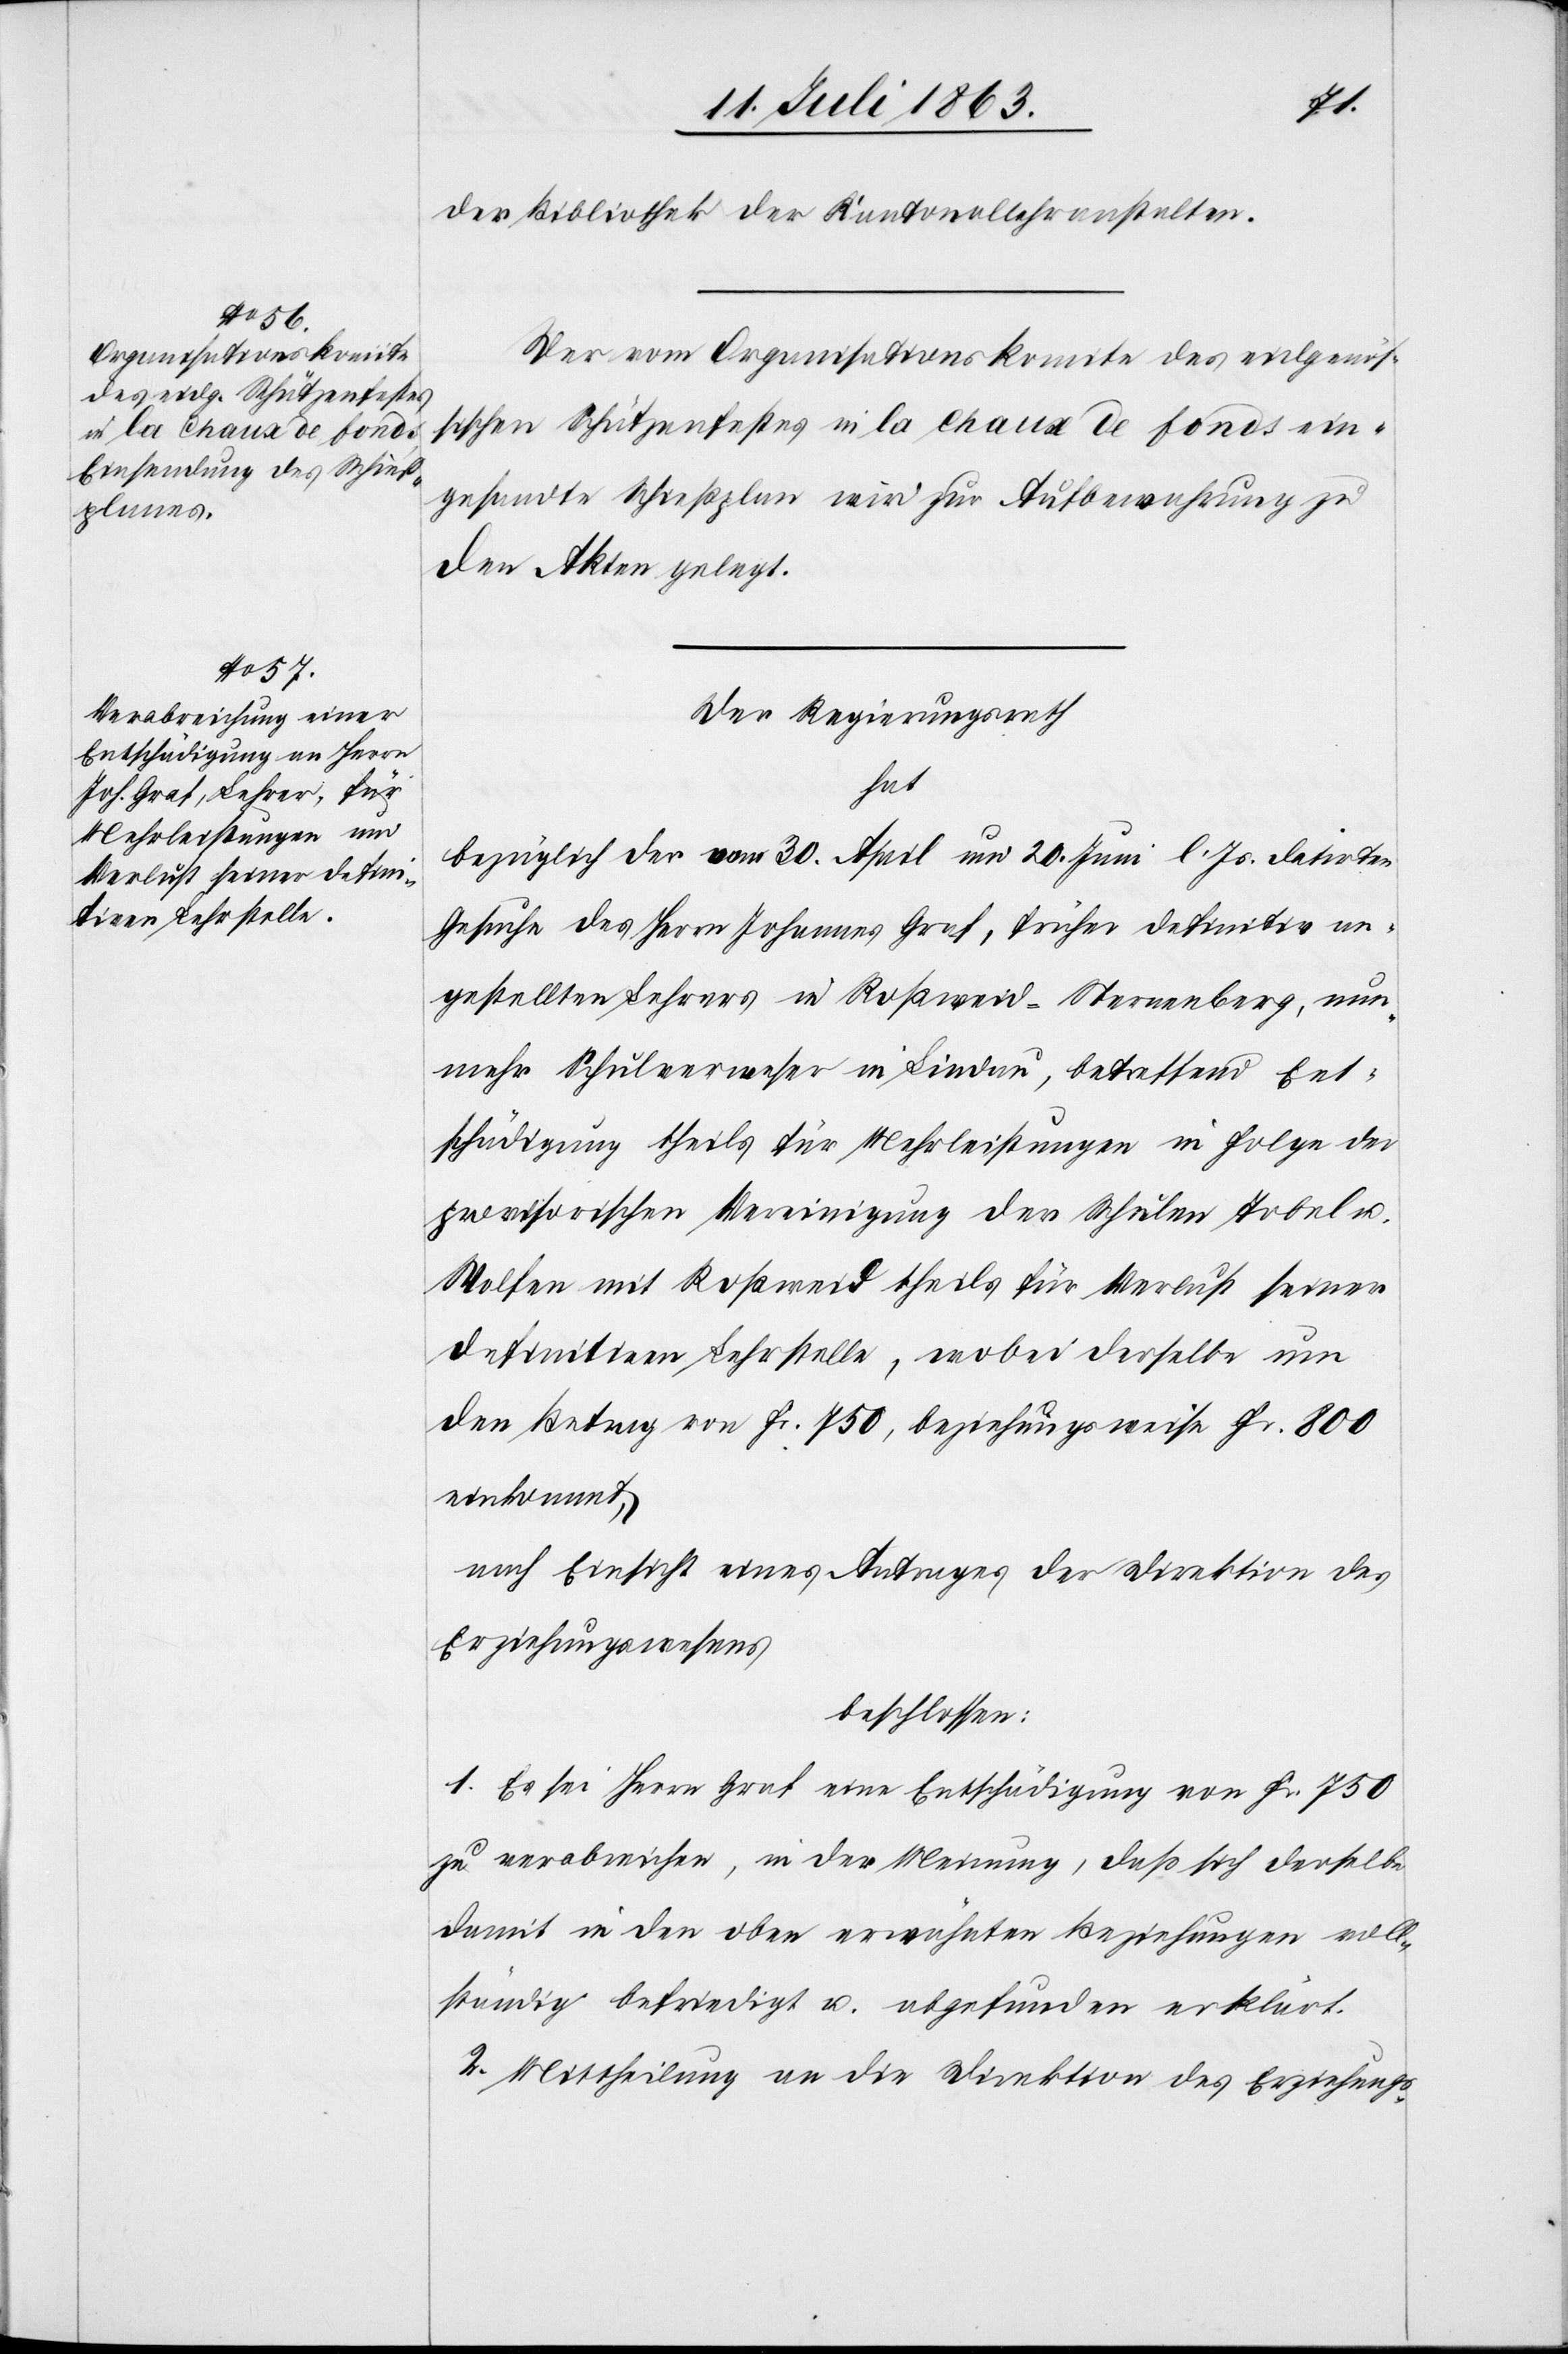
der Bibliothek der Kantonallehranstalten.
Der vom Organisationskomite des eidgenös¬
sischen Schützenfestes in la Chaux de fonds ein¬
gesandte Schießplan wird zur Aufbewahrung zu
den Akten gelegt.
Der Regierungsrath
hat
bezüglich der vom 30. April und 20. Juni l. Js. datirten
Gesuche des Herrn Johannes Graf, früher definitiv an¬
gestellten Lehrers in Roßweid-Sternenberg, nun¬
mehr Schulverweser in Lindau, betreffend Ent¬
schädigung theils für Mehrleistungen in Folge der
provisorischen Vereinigung der Schulen Tobel u.
Wolfen mit Roßweid theils für Verlust seiner
definitiven Lehrstelle, wobei derselbe nun
den Betrag von Fr. 750, beziehungsweise Fr. 800
einkommt,
nach Einsicht eines Antrages der Direktion des
Erziehungswesens
beschlossen:
1. Es sei Herr Graf eine Entschädigung von Fr. 750
zu verabreichen, in der Meinung, daß sich derselbe
damit in den oben erwähnten Beziehungen voll¬
ständig befriedigt u. abgefunden erklärt.
2. Mittheilung an die Direktion des Erziehungs-